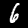
Digit: 6